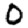
Digit: 0